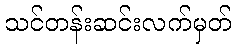
သင်တန်းဆင်းလက်မှတ်